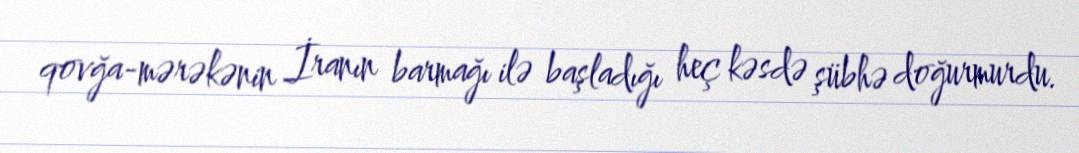
qovğa-mərəkənin İranın barmağı ilə başladığı heç kəsdə şübhə doğurmurdu.